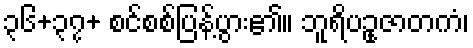
၃၆+၃၇+ စင်စစ်ပြန့်ပွား၏။ ဘူရိပဥုဇာတကံ၊